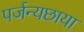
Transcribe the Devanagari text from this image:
पर्जन्यछाया